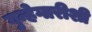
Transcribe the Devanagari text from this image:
गुन्हेगारीशी